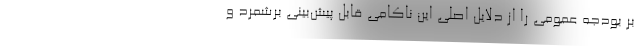
بر بودجه عمومی را از دلایل اصلی این ناکامی قابل پیش‌بینی برشمرد و